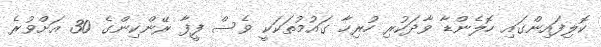
ކޮލިފައިންގައި ހޮލެންޑާ ވާދަކުރި ހުރިހާ ގައުމުތަކަކީ ވެސް ފީފާ ރޭންކިންގެ 30 އަށްވުރެ